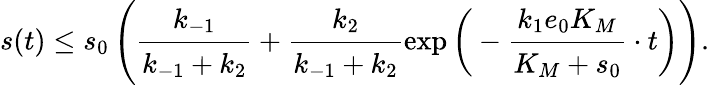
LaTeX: s(t)\leq s_{0}\left(\cfrac{k_{-1}}{k_{-1}+k_{2}}+\cfrac{k_{2}}{k_{-1}+k_{2}}\exp\bigg(-\cfrac{k_{1}e_{0}K_{M}}{K_{M}+s_{0}}\cdot t\bigg)\right).